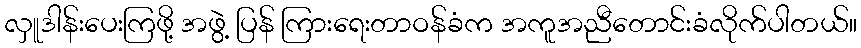
လှူဒါန်းပေးကြဖို့ အဖွဲ့ ပြန် ကြားရေးတာဝန်ခံက အကူအညီတောင်းခံလိုက်ပါတယ်။